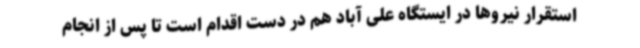
استقرار نیروها در ایستگاه علی آباد هم در دست اقدام است تا پس از انجام